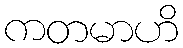
ကတမာဟိ